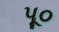
પૂ૦